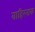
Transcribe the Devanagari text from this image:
बाहिरनाक